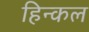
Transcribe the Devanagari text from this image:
हिन्कल